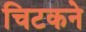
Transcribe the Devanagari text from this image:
चिटकने